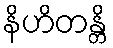
နိဟိတန္တိ